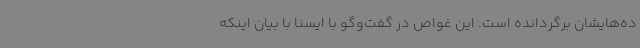
ده‌هایشان برگردانده است. این غواص در گفت‌وگو با ایسنا با بیان اینکه